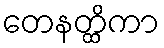
တေနတ္ထိကာ